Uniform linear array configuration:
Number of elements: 4
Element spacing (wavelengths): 0.5
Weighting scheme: blackman
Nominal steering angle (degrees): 60
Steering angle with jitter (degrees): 58.881
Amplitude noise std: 0.05
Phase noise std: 0.05

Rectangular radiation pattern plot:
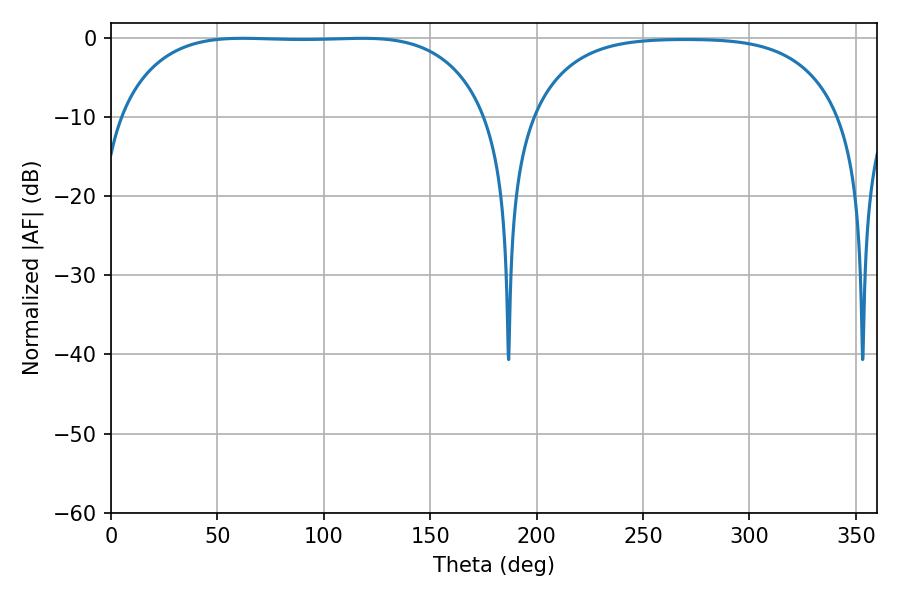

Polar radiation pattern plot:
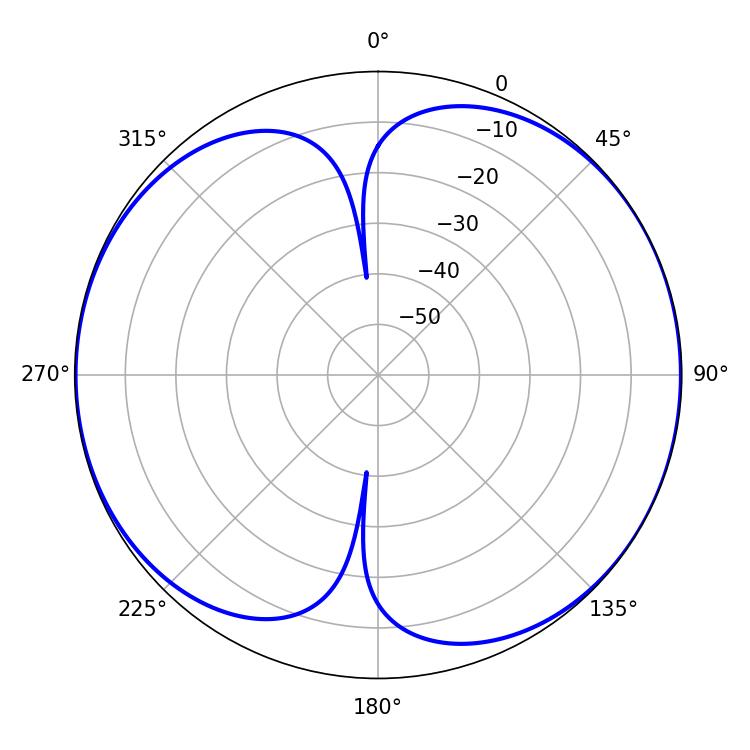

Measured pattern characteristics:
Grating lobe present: FALSE
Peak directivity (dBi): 7.897
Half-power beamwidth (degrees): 135
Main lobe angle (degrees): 61.92